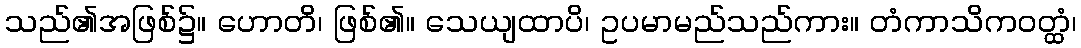
သည်၏အဖြစ်၌။ ဟောတိ၊ ဖြစ်၏။ သေယျထာပိ၊ ဥပမာမည်သည်ကား။ တံကာသိကဝတ္ထံ၊